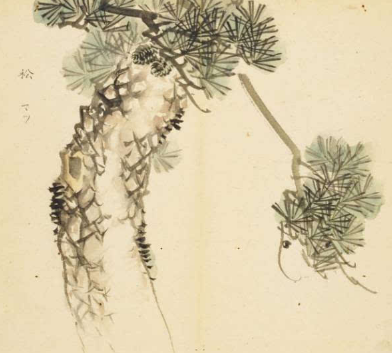
论德而定次，量能而授官。